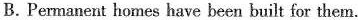
B.Permanent homes have been built for them.